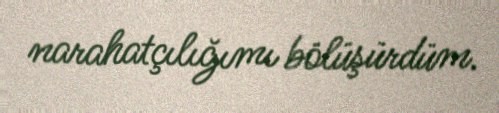
narahatçılığımı bölüşürdüm.